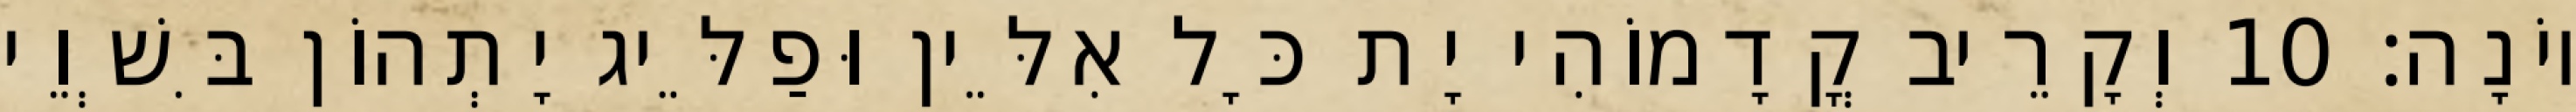
יוֹנָה׃ 10 וְקָרֵיב קֳדָמוֹהִי יָת כָּל אִלֵּין וּפַלֵּיג יָתְהוֹן בִּשְׁוֵי